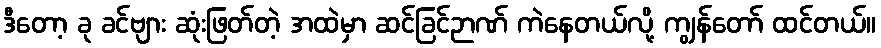
ဒီတော့ ခု ခင်ဗျား ဆုံးဖြတ်တဲ့ အထဲမှာ ဆင်ခြင်ဉာဏ် ကဲနေတယ်လို့ ကျွန်တော် ထင်တယ်။